Parnu_Linna_Vaeslastekohus, lk 3
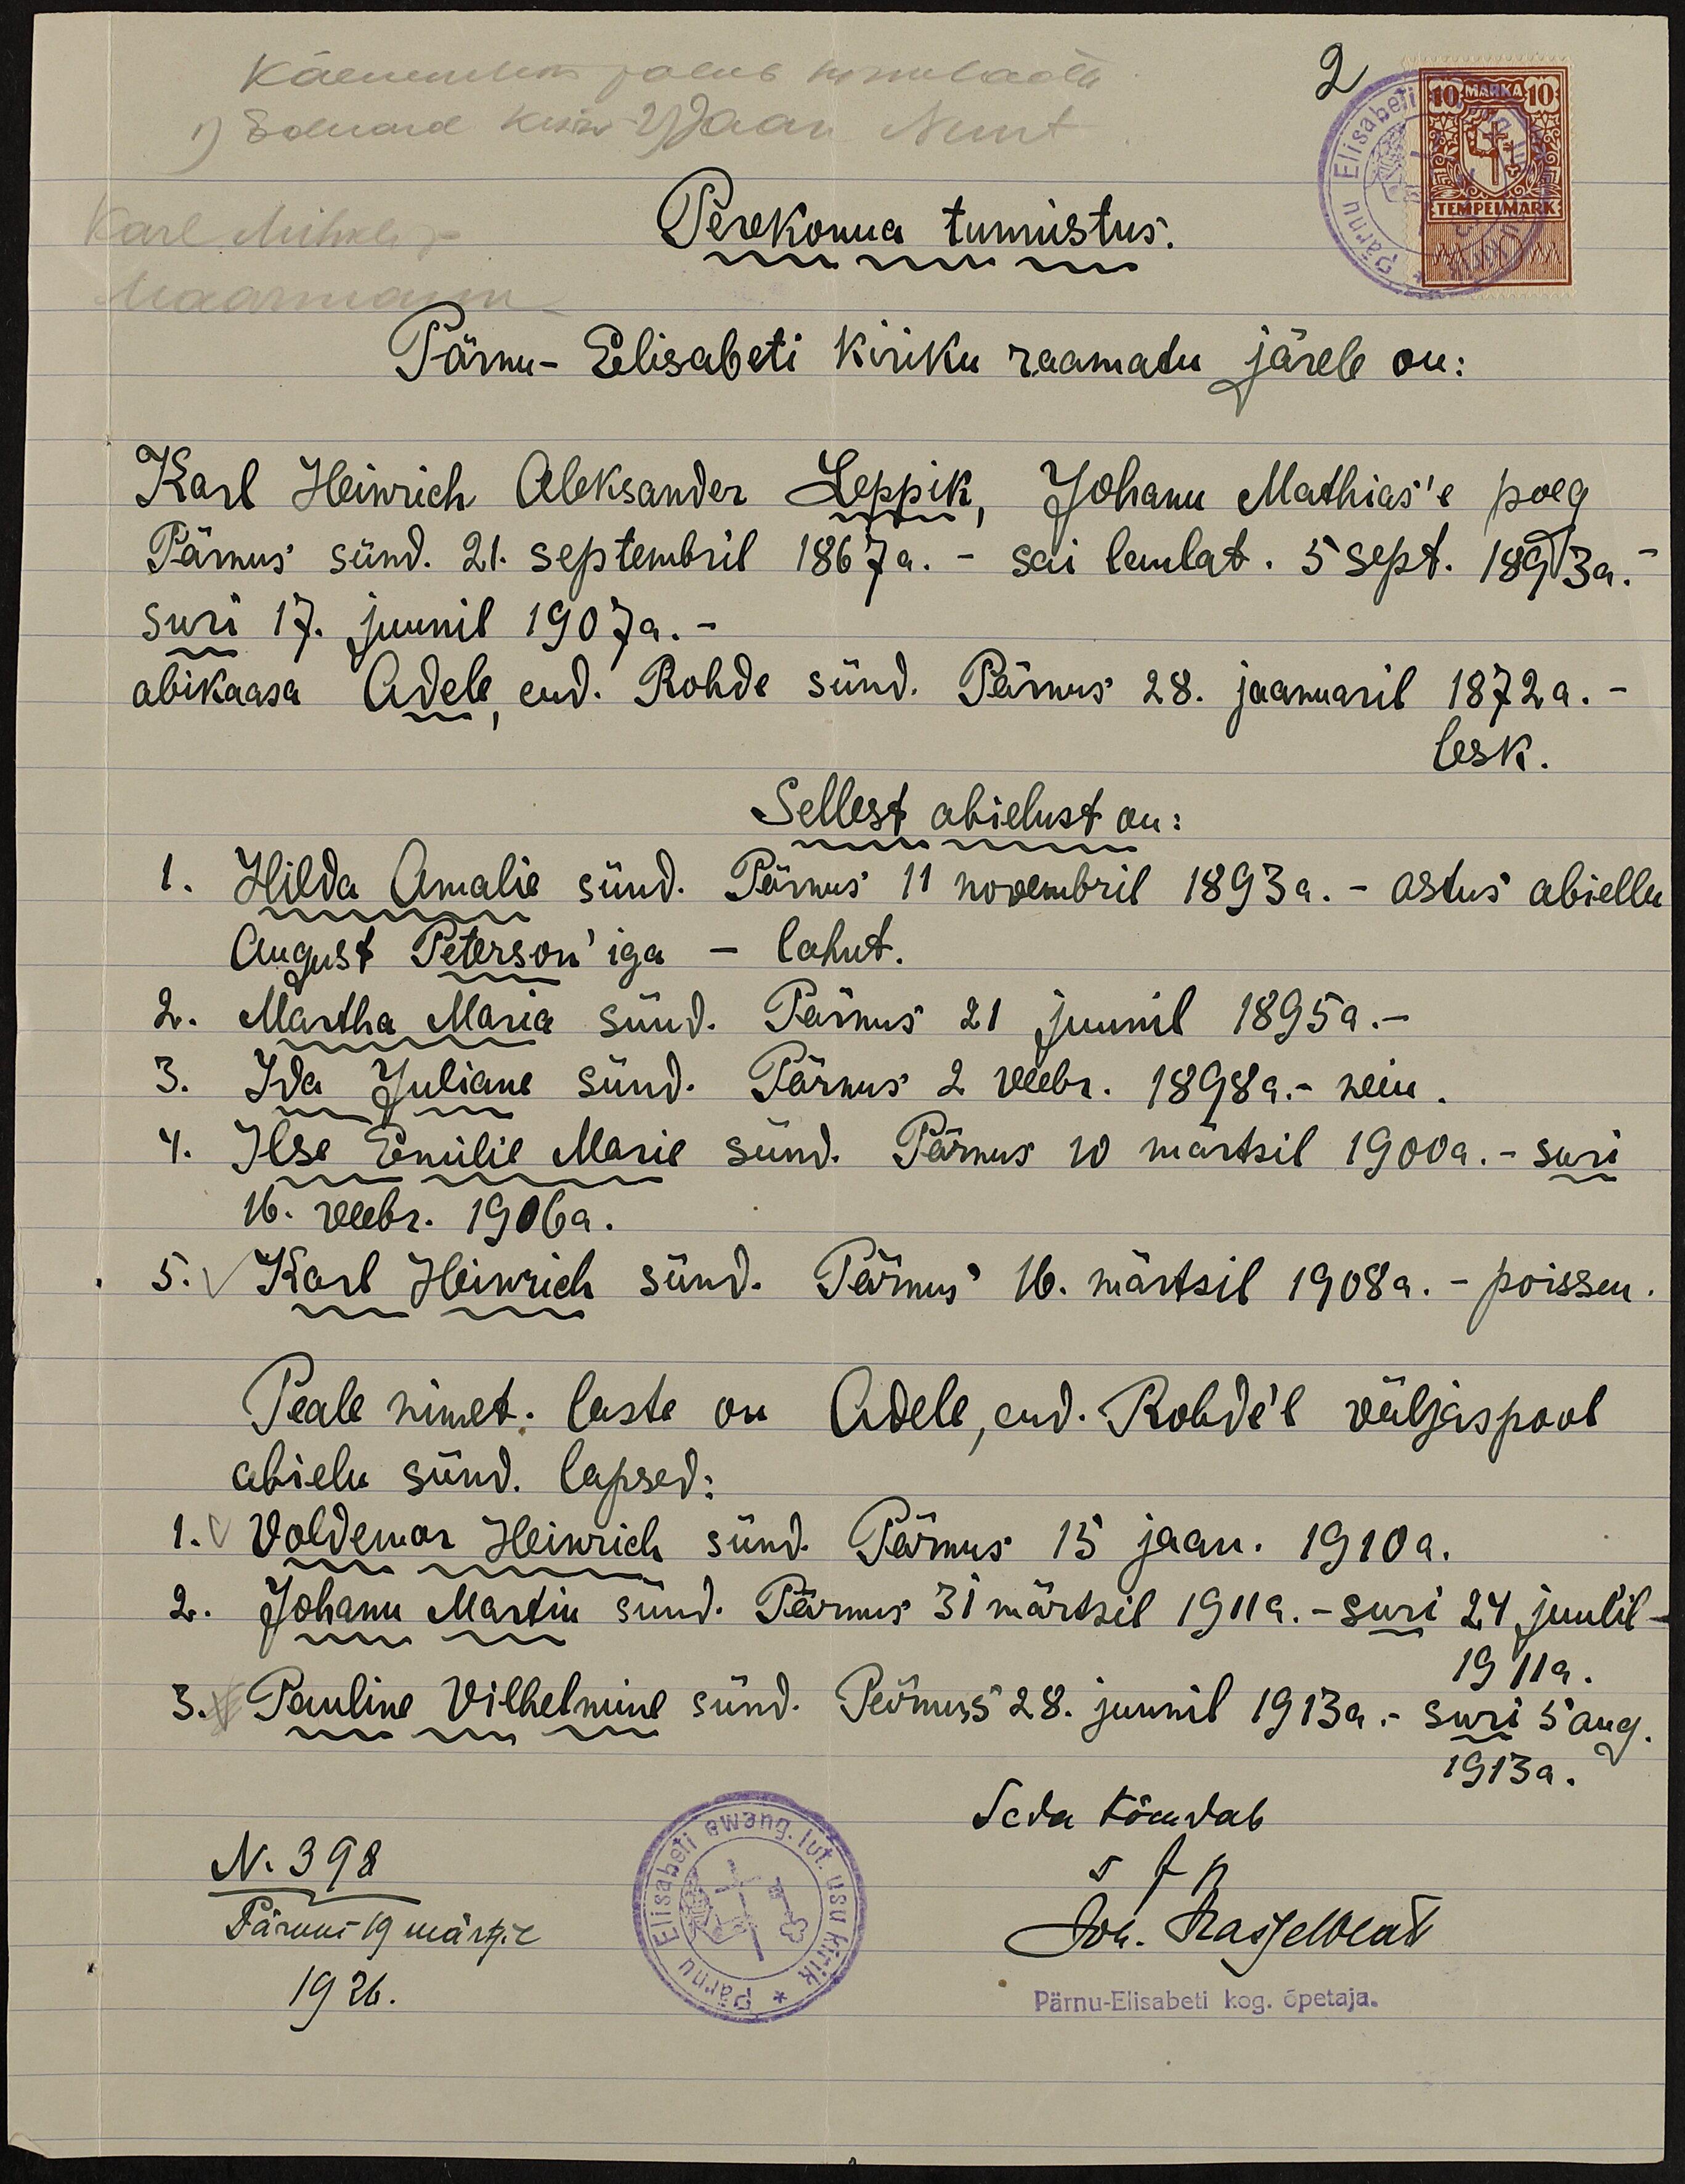
Käenundeks palub himuladud
2
1) Eduard Kuiw 2) Jaan Nuut
Karl Mihkli p
Maarmanni
Perekonna tunnistus.
Pärnu-Elisabeti kiriku raamatu järele on:
Karl Heinrich Aleksander Leppik, Johann Mathias'e poeg
Pärnus sünd. 21. septembril 1867a. - sai laulat. 5 sept. 1893a.
suri 17. juunil 1907a. -
abikaasa Adele, end. Rohde sünd. Pärnus 28. jaanuaril 1872a. -
lesk.
Sellest abielust on:
1. Hilda Amalie sünd. Pärnus 11 novembril 1893a. - astus abiellu
August Peterson' iga - lahut.
2. Martha Maria sünd. Pärnus 21 juunil 1895a. -
3. Ida Juliane sünd. Pärnus 2 veebr. 1898a. - neiu
4. Ilse Emilie Marie sünd. Pärnus 10 märtsil 1900a.- suri
16. veebr. 1906 a.
5. Karl Heinrich sünd. Pärnus 16. märtsil 1908a. - poissm.
Peale nimet: laste on Adele, end. Rohde`l väljaspool
abielu sünd. lapsed:
1. Voldemar Heinrich sünd. Pärnus 15 jaan. 1910a.
2. Johann Martin sünd. Pärnus 31 märtsil 1911 a. - suri 24 juulil-
1911a.
3. Pauline Vilhelmine sünd. Pärnus 28. juunil 1913a. - suri 5 aug.
1913 a.
Seda tõendab
Joh. Hasselblatt
Pärnu-Elisabeti kog. õpetaja.
N. 398
Pärnus 19 märtsil
1926.